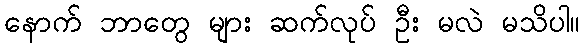
နောက် ဘာတွေ များ ဆက်လုပ် ဦး မလဲ မသိပါ။